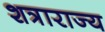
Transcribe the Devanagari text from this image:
शत्राराज्य